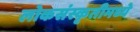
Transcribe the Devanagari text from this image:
लोकसंस्कृतीमध्ये